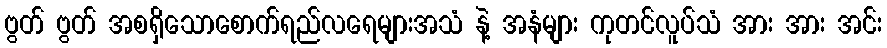
ဗွတ် ဗွတ် အစရှိသောစောက်ရည်လရေများအသံ နဲ့ အနံများ ကုတင်လူပ်သံ အား အား အင်း